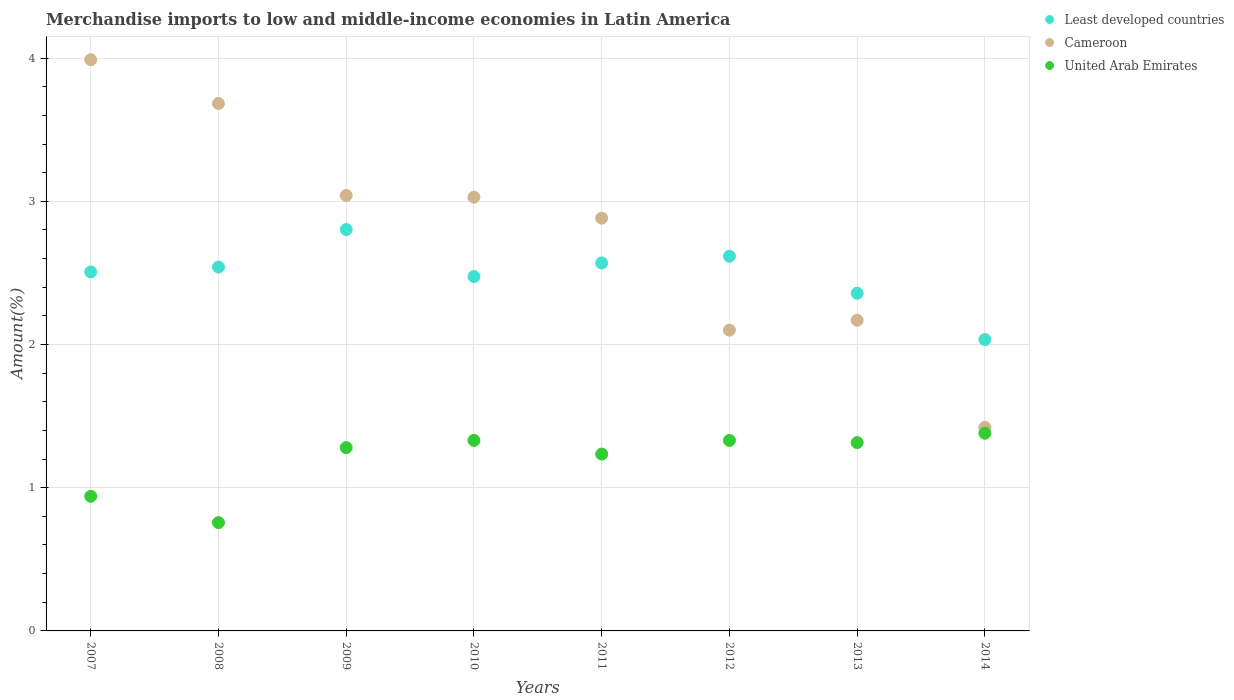
| Years | Least developed countries | Cameroon | United Arab Emirates |
 | --- | --- | --- | --- |
 | 2007 | 2.51 | 3.99 | 0.94 |
 | 2008 | 2.54 | 3.68 | 0.756 |
 | 2009 | 2.8 | 3.04 | 1.28 |
 | 2010 | 2.47 | 3.03 | 1.33 |
 | 2011 | 2.57 | 2.88 | 1.23 |
 | 2012 | 2.62 | 2.1 | 1.33 |
 | 2013 | 2.36 | 2.17 | 1.31 |
 | 2014 | 2.03 | 1.42 | 1.38 |